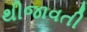
થીજાવતી